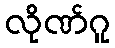
လိုဏ်ဂူ